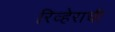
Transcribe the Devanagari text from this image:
रिव्हेराची